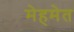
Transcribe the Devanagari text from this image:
मेहमेत